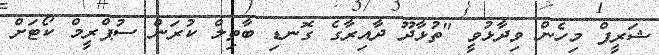
ޝަރީފް މިހެން ވިދާޅުވީ "ތުޅާދޫ ދާއިރާގެ ގޮނޑި ބާތިލް ކުރަން ސުޕްރީމް ކޯޓަށް